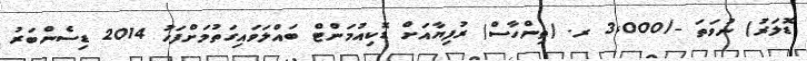
ޑޮލަރު) ނުވަތަ -/3